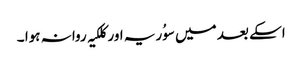
اسکے بعد میں سوُریہ اور کلکیہ روانہ ہوا ۔